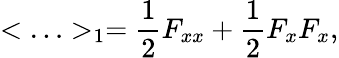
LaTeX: <\ldots>_{1}={\frac{1}{2}}F_{xx}+{\frac{1}{2}}F_{x}F_{x},